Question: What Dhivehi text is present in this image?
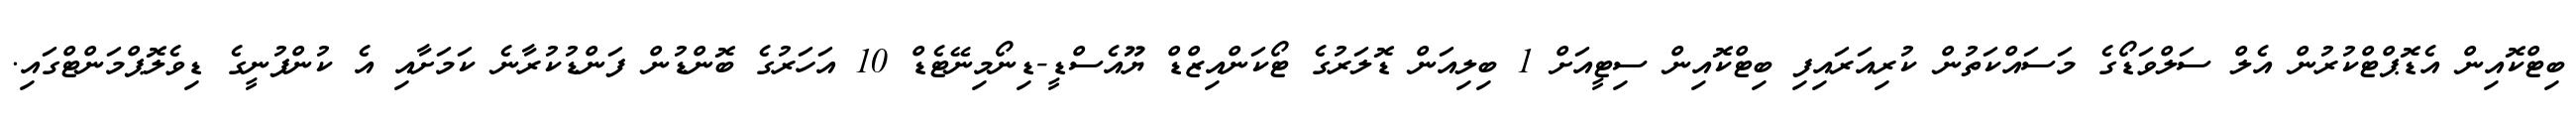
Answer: ބިޓްކޮއިން އެޑޮޕްޓްކުރުން އެލް ސަލްވަޑޯގެ މަސައްކަތުން ކުރިއަރައިފި ބިޓްކޮއިން ސިޓީއަށް 1 ބިލިއަން ޑޮލަރުގެ ޓޯކަންއިޒްޑް ޔޫއެސްޑީ-ޑިނޯމިނޭޓެޑް 10 އަހަރުގެ ބޮންޑުން ފަންޑުކުރާނެ ކަމަށާއި އެ ކުންފުނީގެ ޑިވެލޮޕްމަންޓްގައި.